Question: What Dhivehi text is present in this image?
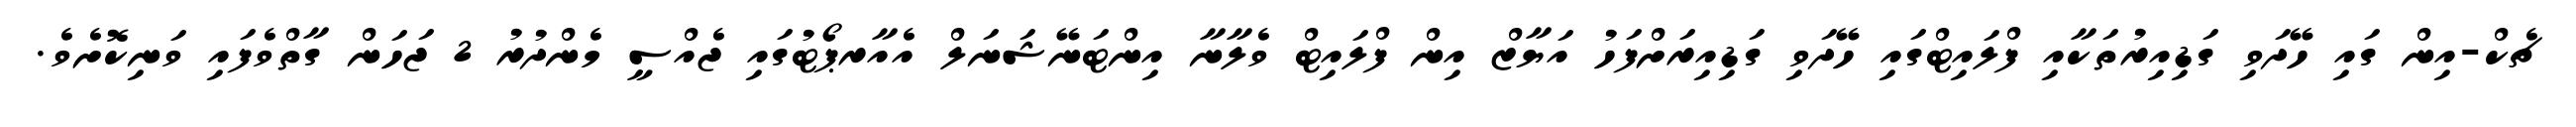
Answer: ޗެކް-އިން ގައި ހޭދަވި ގަޑިއިރުތަކާއި ފްލައިޓްގައި ހޭދަވި ގަޑިއިރަށްފަހު އަޔާޒް އިން ފްލައިޓް ވެލާނާ އިންޓަނޭޝަނަލް އެއާރޕޯޓުގައި ޖެއްސީ މެންދުރު 2 ޖަހަން ގާތްވެފައި ވަނިކޮށެވެ.